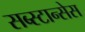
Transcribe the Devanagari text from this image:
सब्स्टान्सेस